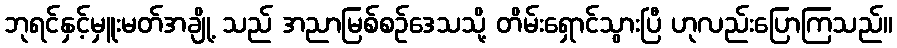
ဘုရင်နှင့်မှူးမတ်အချို့ သည် အညာမြစ်စဉ်ဒေသသို့ တိမ်းရှောင်သွားပြီ ဟုလည်းပြောကြသည်။